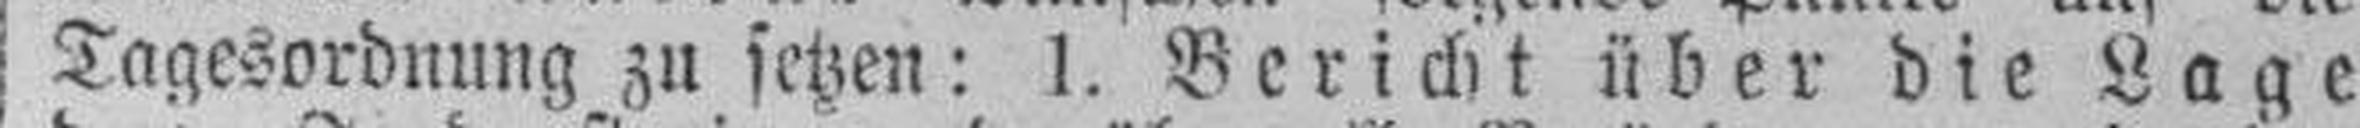
Tagesordnung zu setzen: 1. Bericht über die Lage